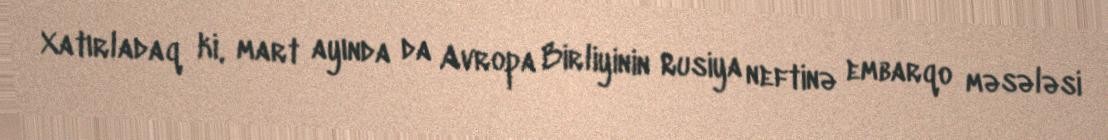
Xatırladaq ki, mart ayında da Avropa Birliyinin Rusiya neftinə embarqo məsələsi